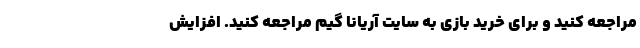
مراجعه کنید و برای خرید بازی به سایت آریانا گیم مراجعه کنید. افزایش